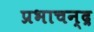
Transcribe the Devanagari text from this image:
प्रभाचन्द्र